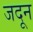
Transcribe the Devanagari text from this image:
जदून